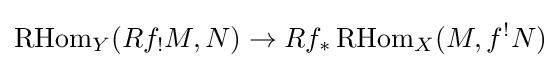
\operatorname {RHom} _{Y}(Rf_{!}M,N)\to Rf_{*}\operatorname {RHom} _{X}(M,f^{!}N)